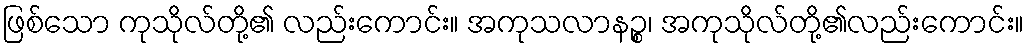
ဖြစ်သော ကုသိုလ်တို့၏ လည်းကောင်း။ အကုသလာနဉ္စ၊ အကုသိုလ်တို့၏လည်းကောင်း။